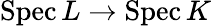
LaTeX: \operatorname{Spec}L\to\operatorname{Spec}K